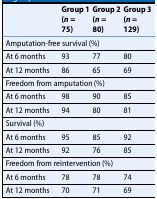
<table><thead><tr><td></td><td><b>Group 1 (<i>n</i> = 75)</b></td><td><b>Group 2 (<i>n</i> = 80)</b></td><td><b>Group 3 (<i>n</i> = 129)</b></td></tr></thead><tbody><tr><td colspan="4">Amputation-free survival (%)</td></tr><tr><td>At 6 months</td><td>93</td><td>77</td><td>80</td></tr><tr><td>At 12 months</td><td>86</td><td>65</td><td>69</td></tr><tr><td colspan="4">Freedom from amputation (%)</td></tr><tr><td>At 6 months</td><td>98</td><td>90</td><td>85</td></tr><tr><td>At 12 months</td><td>94</td><td>80</td><td>81</td></tr><tr><td colspan="4">Survival (%)</td></tr><tr><td>At 6 months</td><td>95</td><td>85</td><td>92</td></tr><tr><td>At 12 months</td><td>92</td><td>76</td><td>85</td></tr><tr><td colspan="4">Freedom from reintervention (%)</td></tr><tr><td>At 6 months</td><td>78</td><td>78</td><td>74</td></tr><tr><td>At 12 months</td><td>70</td><td>71</td><td>69</td></tr></tbody></table>